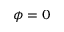
\phi = 0